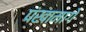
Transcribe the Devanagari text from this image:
पंखामागे